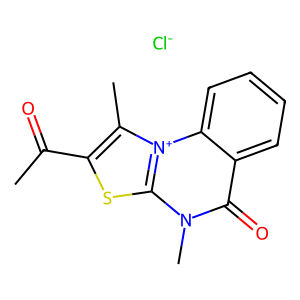
SMILES: CC(=O)c1sc2n(C)c(=O)c3ccccc3[n+]2c1C.[Cl-]
Inhibits HIV replication: No